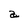
Character: a